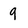
Character: 9